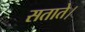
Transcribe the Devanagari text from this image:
सताते।